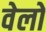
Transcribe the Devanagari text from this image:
वेलो